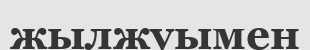
жылжуымен